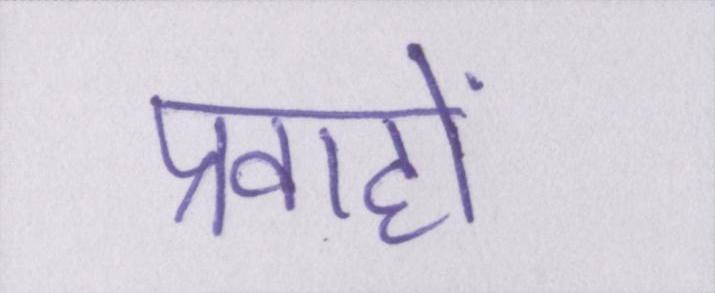
प्रवाहों